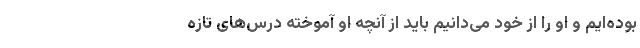
بوده‌ایم و او را از خود می‌دانیم باید از آنچه او آموخته درس‌های تازه